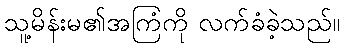
သူ့မိန်းမ၏အကြံကို လက်ခံခဲ့သည်။